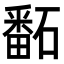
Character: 𥕿